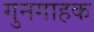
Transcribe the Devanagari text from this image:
गुनगाहक